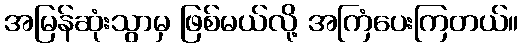
အမြန်ဆုံးသွာမှ ဖြစ်မယ်လို့ အကြံပေးကြတယ်။